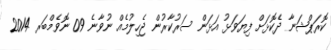
ކޮރަޕްޝަނާ ދެކޮޅަށް ފިޔަވަޅު އަޅަން ސަރުކާރުން ޖެހިލުމެއް ނުވާނެ 09 ނޮވެމްބަރ 2014